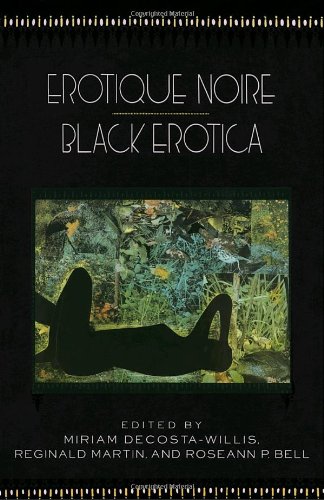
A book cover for Erotique Noire/Black Erotica; Romance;